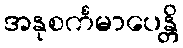
အနုစင်္ကမာပေန္တိ